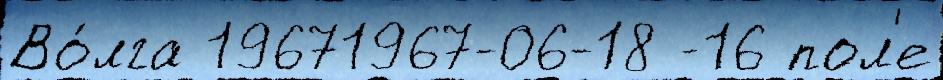
Во́лга 19671967-06-18 -16 пол'е